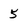
Character: 5